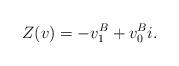
LaTeX: \begin{align*}Z(v)=-v_1^B + v_0^B i. \end{align*}